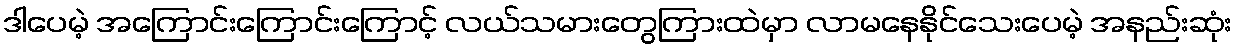
ဒါပေမဲ့ အကြောင်းကြောင်းကြောင့် လယ်သမားတွေကြားထဲမှာ လာမနေနိုင်သေးပေမဲ့ အနည်းဆုံး